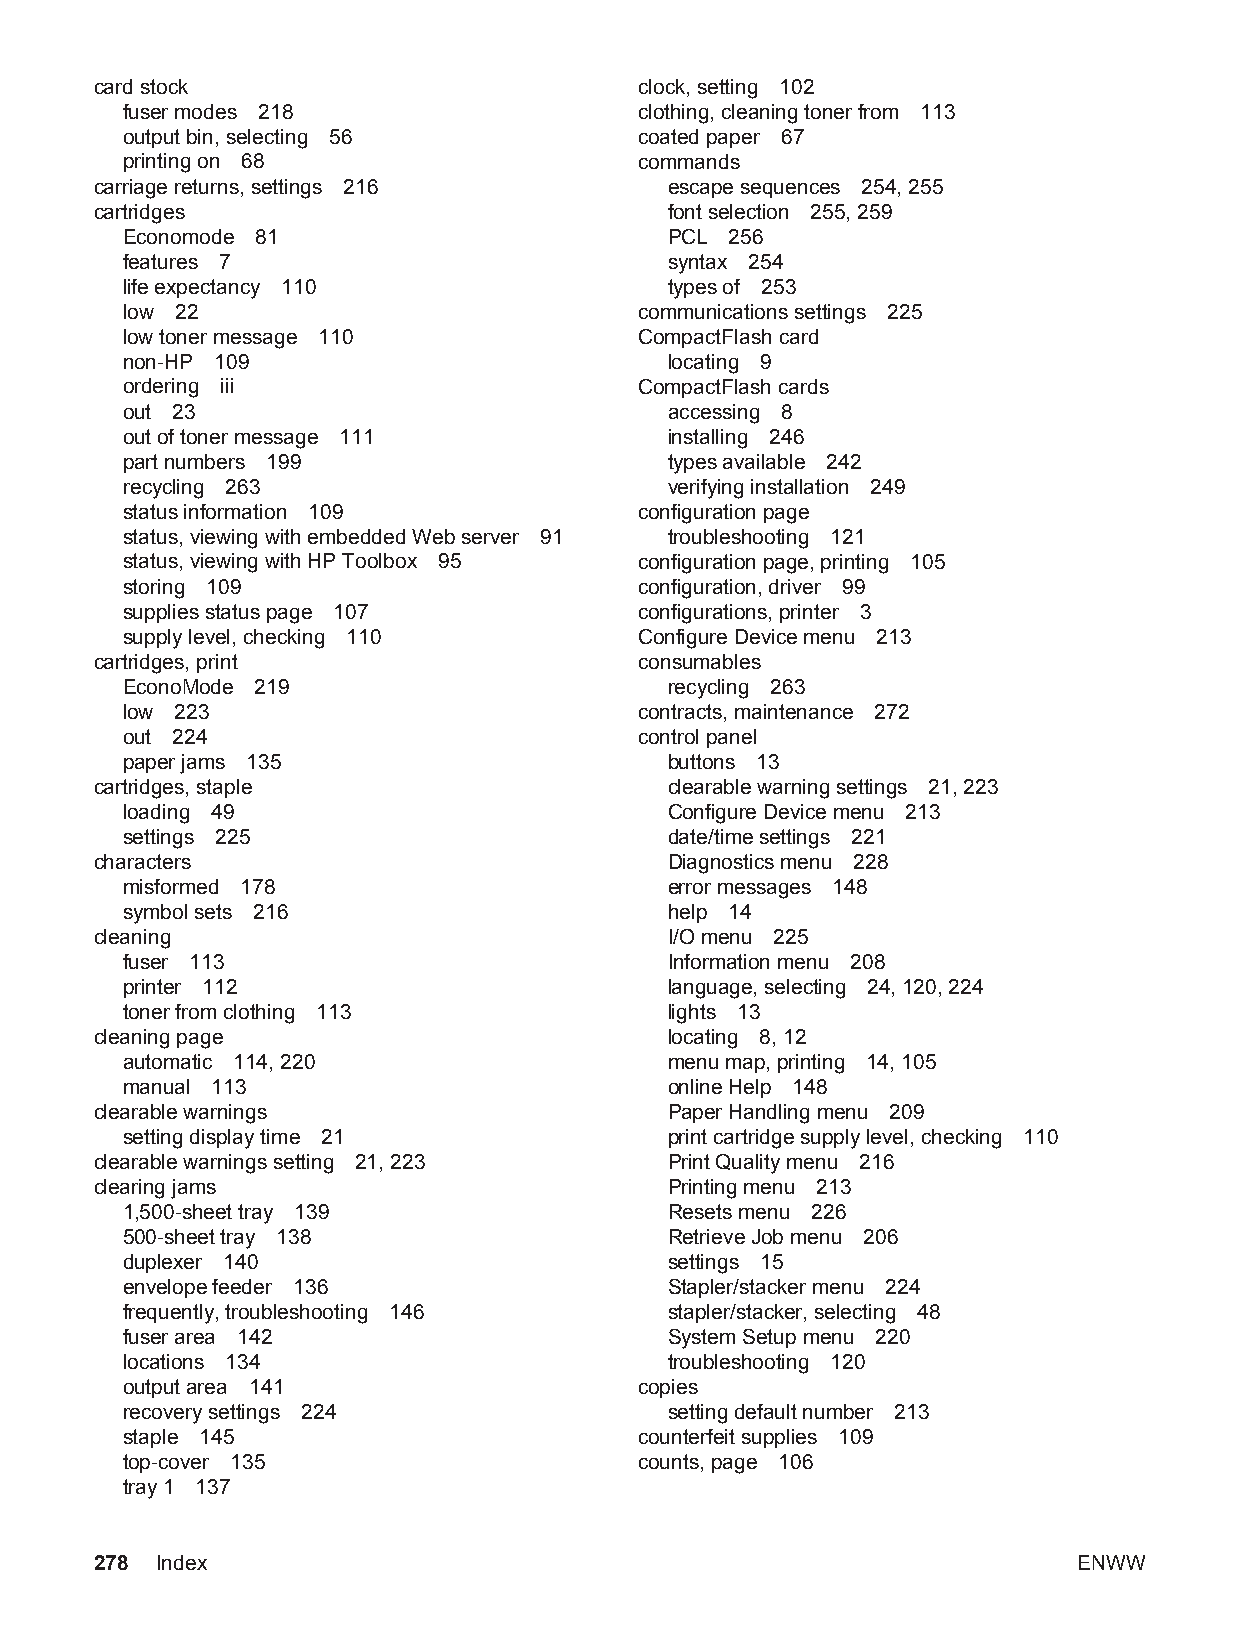
card stock                          clock, setting 102
 fuser modes 218                   clothing, cleaning toner from 113
 output bin, selecting 56          coated paper 67
 printing on 68                    commands
 carriage returns, settings 216        escape sequences 254, 255
 cartridges                            font selection 255, 259
 Economode 81                        PCL 256
 features 7                          syntax 254
 life expectancy 110                 types of 253
 low 22                            communications settings 225
 low toner message 110             CompactFlash card
 non-HP 109                          locating 9
 ordering iii                      CompactFlash cards
 out 23                              accessing 8
 out of toner message 111            installing 246
 part numbers 199                    types available 242
 recycling 263                       verifying installation 249
 status information 109            configuration page
 status, viewing with embedded Web server 91 troubleshooting 121
 status, viewing with HP Toolbox 95 configuration page, printing 105
 storing 109                       configuration, driver 99
 supplies status page 107          configurations, printer 3
 supply level, checking 110        Configure Device menu 213
 cartridges, print                   consumables
 EconoMode 219                       recycling 263
 low 223                           contracts, maintenance 272
 out 224                           control panel
 paper jams 135                      buttons 13
 cartridges, staple                    clearable warning settings 21, 223
 loading 49                          Configure Device menu 213
 settings 225                        date/time settings 221
 characters                            Diagnostics menu 228
 misformed 178                       error messages 148
 symbol sets 216                     help 14
 cleaning                              I/O menu 225
 fuser 113                           Information menu 208
 printer 112                         language, selecting 24, 120, 224
 toner from clothing 113             lights 13
 cleaning page                         locating 8, 12
 automatic 114, 220                  menu map, printing 14, 105
 manual 113                          online Help 148
 clearable warnings                    Paper Handling menu 209
 setting display time 21             print cartridge supply level, checking 110
 clearable warnings setting 21, 223    Print Quality menu 216
 clearing jams                         Printing menu 213
 1,500-sheet tray 139                Resets menu 226
 500-sheet tray 138                  Retrieve Job menu 206
 duplexer 140                        settings 15
 envelope feeder 136                 Stapler/stacker menu 224
 frequently, troubleshooting 146     stapler/stacker, selecting 48
 fuser area 142                      System Setup menu 220
 locations 134                       troubleshooting 120
 output area 141                   copies
 recovery settings 224               setting default number 213
 staple 145                        counterfeit supplies 109
 top-cover 135                     counts, page 106
 tray 1 137
 278 Index                                                        ENWW